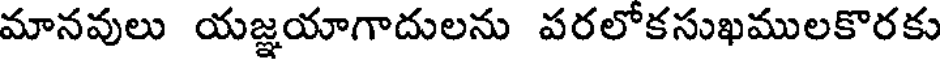
మానవులు యజ్ఞయాగాదులను పరలోకసుఖములకొరకు